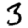
Digit: 3